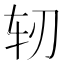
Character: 轫